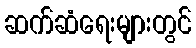
ဆက်ဆံရေးများတွင်